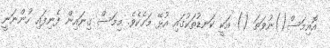
އޮއިމަސް()ނުވަތަ () އަކީ ކަނޑުތަކުގައި އުޅޭ މަހެކެވެ. މިމަސް ގިނައިން ފެނިފައި ހުންނަނީ